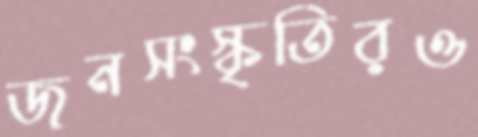
জনসংস্কৃতিরও